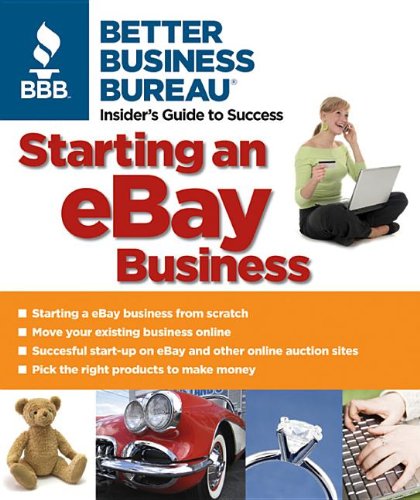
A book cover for Starting an eBay Business; Better Business Bureau; Computers & Technology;